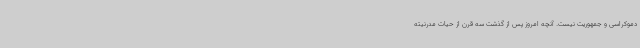
دموکراسی و جمهوریت نیست. آنچه امروز پس از گذشت سه قرن از حیات مدرنیته